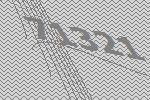
71321